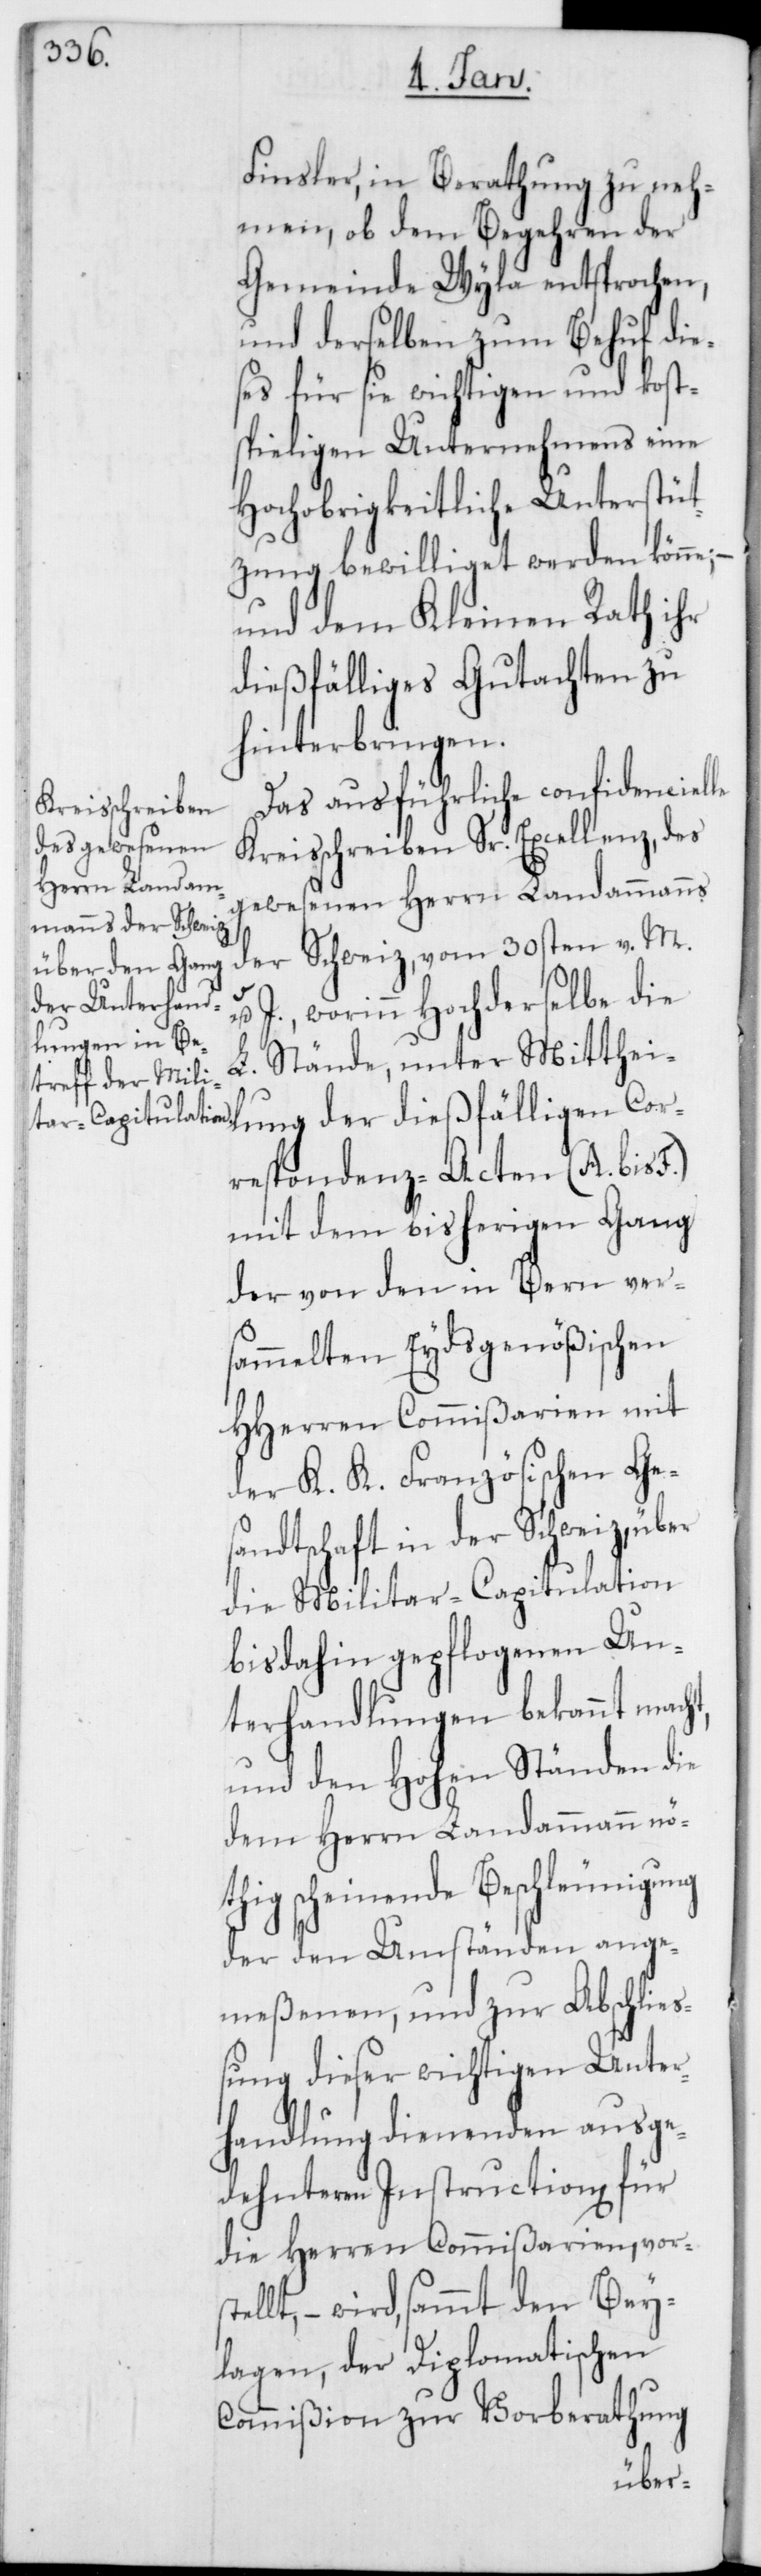
Finsler, in Berathung zu neh¬
men, ob dem Begehren der
Gemeinde Wyla entsprochen,
und derselben zum Behuf die¬
ses für sie wichtigen und kost¬
spieligen Unternehmens eine
Hochobrigkeitliche Unterstüt¬
zung bewilliget werden könne;
und dem Kleinen Rath ihr
dießfälliges Gutachten zu
hinterbringen.
Das ausführliche confidencielle
Kreisschreiben Sr. Excellenz, des
gewesenen Herrn Landammanns
der Schweiz, vom 30sten v. M.
u. J., worinn Hochderselbe die
L. Stände, unter Mitthei¬
lung der dießfälligen Cor¬
respondenz-Acten (A. bis F.)
mit dem bisherigen Gang
der von den in Bern vers¬
ammelten Eydsgenößischen
HHerren Commißarien mit
der K. K. Französischen Ge¬
sandtschaft in der Schweiz, über
die Militar-Capitulation
bis dahin gepflogenen Un¬
terhandlungen bekannt macht,
und den Hohen Ständen die
dem Herrn Landammann nö¬
thig scheinende Beschleunigung
der den Umständen ange¬
meßenen, und zur Abschlie¬
ßung dieser wichtigen Unter¬
handlung dienenden ausge¬
dehnteren Instruction für
die Herren Commißarien, vorst¬
ellt, – wird, sammt den Bey¬
lagen, der Diplomatischen
Commißion zur Vorberathung